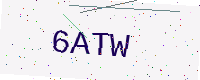
Text: 6ATW